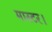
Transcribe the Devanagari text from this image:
मास्‍टर।